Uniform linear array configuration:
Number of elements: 64
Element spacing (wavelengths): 0.75
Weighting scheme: hamming
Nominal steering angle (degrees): -45
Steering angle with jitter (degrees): -45.265
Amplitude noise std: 0.05
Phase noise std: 0.05

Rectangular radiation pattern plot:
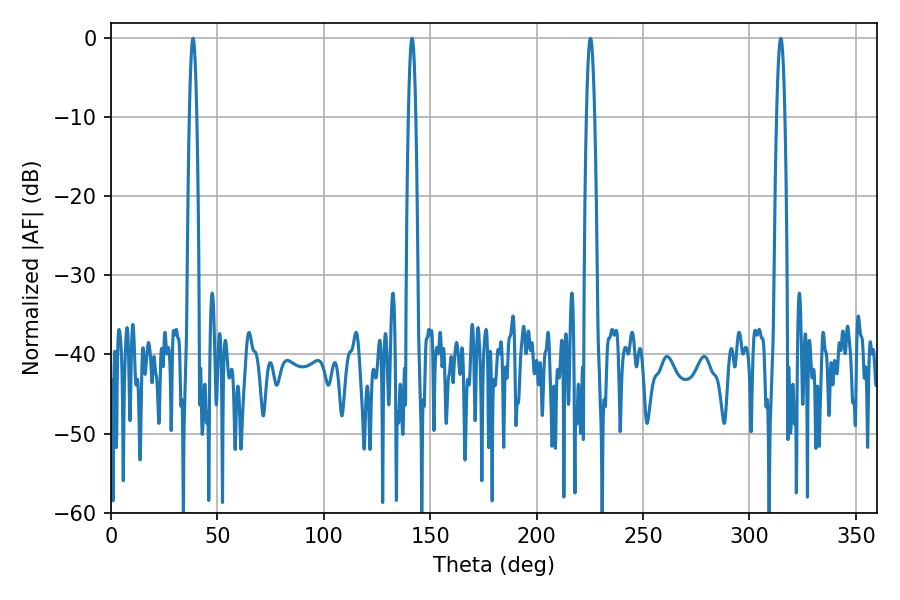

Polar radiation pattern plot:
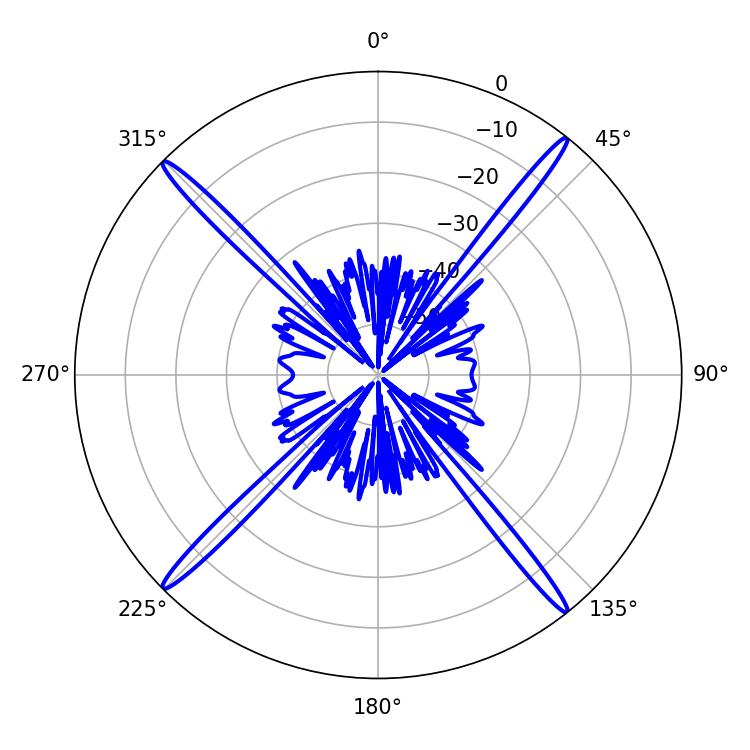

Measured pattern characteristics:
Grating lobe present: TRUE
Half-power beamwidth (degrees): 1.8
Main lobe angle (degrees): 38.52